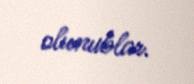
olunublar.